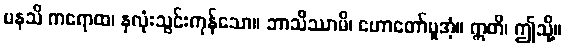
မနသိ ကရောထ၊ နှလုံးသွင်းကုန်သော။ ဘာသိဿာမိ၊ ဟောတော်မူအံ့။ ဣတိ၊ ဤသို့။